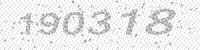
Solution: 190318